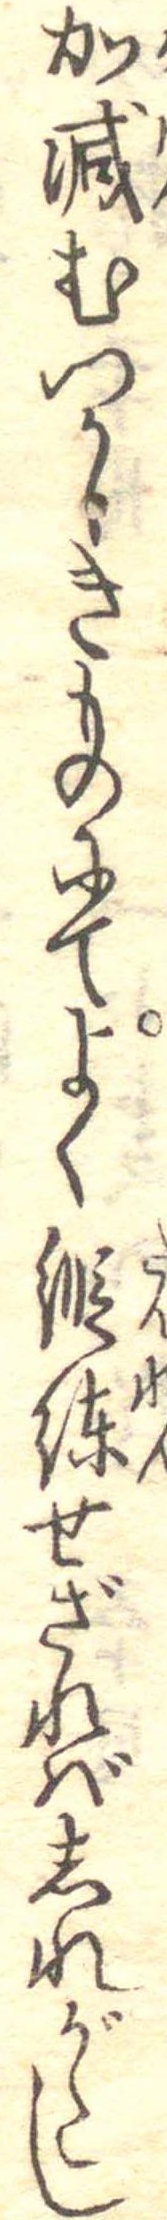
加減むつかしきものにてよく鍛錬せざればしれがたし